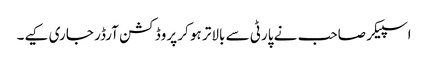
اسپیکر صاحب نے پارٹی سے بالاتر ہو کر پروڈکشن آرڈر جاری کیے۔